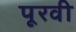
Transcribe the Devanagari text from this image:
पूरवी